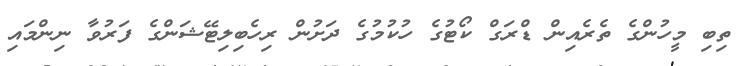
ތިބި މީހުންގެ ތެރެއިން ޑްރަގް ކޯޓުގެ ހުކުމުގެ ދަށުން ރިހެބިލިޓޭޝަންގެ ފަރުވާ ނިންމައި